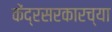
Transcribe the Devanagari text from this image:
केंद्रसरकारच्या